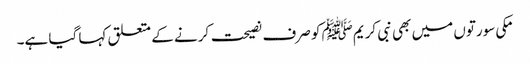
مکی سورتوں میں بھی نبی کریمﷺ کو صرف نصیحت کرنے کے متعلق کہا گیا ہے۔